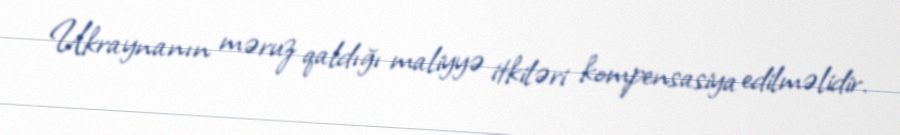
Ukraynanın məruz qaldığı maliyyə itkiləri kompensasiya edilməlidir.